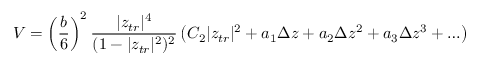
V = \left( \frac { b } { 6 } \right) ^ { 2 } \frac { | z _ { t r } | ^ { 4 } } { ( 1 - | z _ { t r } | ^ { 2 } ) ^ { 2 } } \left( C _ { 2 } | z _ { t r } | ^ { 2 } + a _ { 1 } \Delta z + a _ { 2 } \Delta z ^ { 2 } + a _ { 3 } \Delta z ^ { 3 } + \ldots \right)